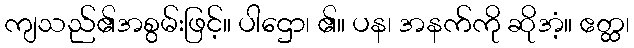
ကျသည်၏အစွမ်းဖြင့်။ ပါဌော၊ ၏။ ပန၊ အနက်ကို ဆိုအံ့။ ဧတ္ထ၊